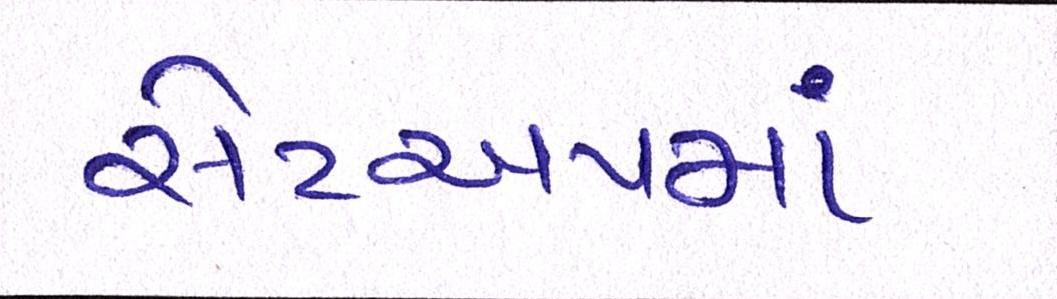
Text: સેટઅપમાં